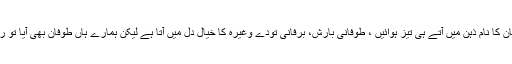
اب طوفان کا نام ذہن میں آتے ہی تیز ہوائیں ، طوفانی بارش، برفانی تودے وغیرہ کا خیال دل میں آتا ہے لیکن ہمارے ہاں طوفان بھی آیا تو ریت کا ۔